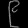
Digit: ၉